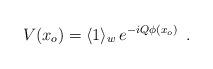
LaTeX: \begin{align*}V(x_o)= \langle1\rangle_w\, e^{-i Q\phi(x_o)}\,\,\,.\end{align*}